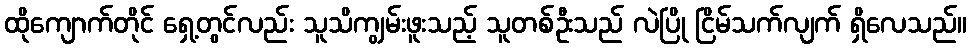
ထိုကျောက်တိုင် ရှေ့တွင်လည်း သူသိကျွမ်းဖူးသည့် သူတစ်ဦးသည် လဲပြို ငြိမ်သက်လျက် ရှိလေသည်။